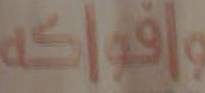
وافواكه